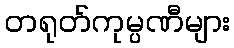
တရုတ်ကုမ္ပဏီများ